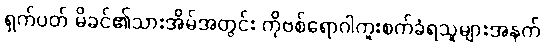
ရှက်ပတ် မိခင်၏သားအိမ်အတွင်း ကိုဗစ်ရောဂါကူးစက်ခံရသူများအနက်